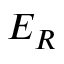
E _ { R }